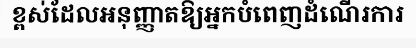
ខ្ពស់ដែលអនុញ្ញាតឱ្យអ្នកបំពេញដំណើរការ